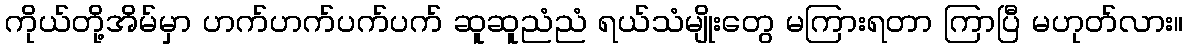
ကိုယ်တို့အိမ်မှာ ဟက်ဟက်ပက်ပက် ဆူဆူညံညံ ရယ်သံမျိုးတွေ မကြားရတာ ကြာပြီ မဟုတ်လား။